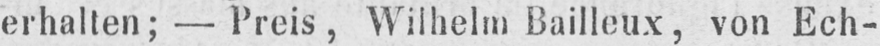
erhalten; - Preis, Wilhelm Bailleux, von Ech-